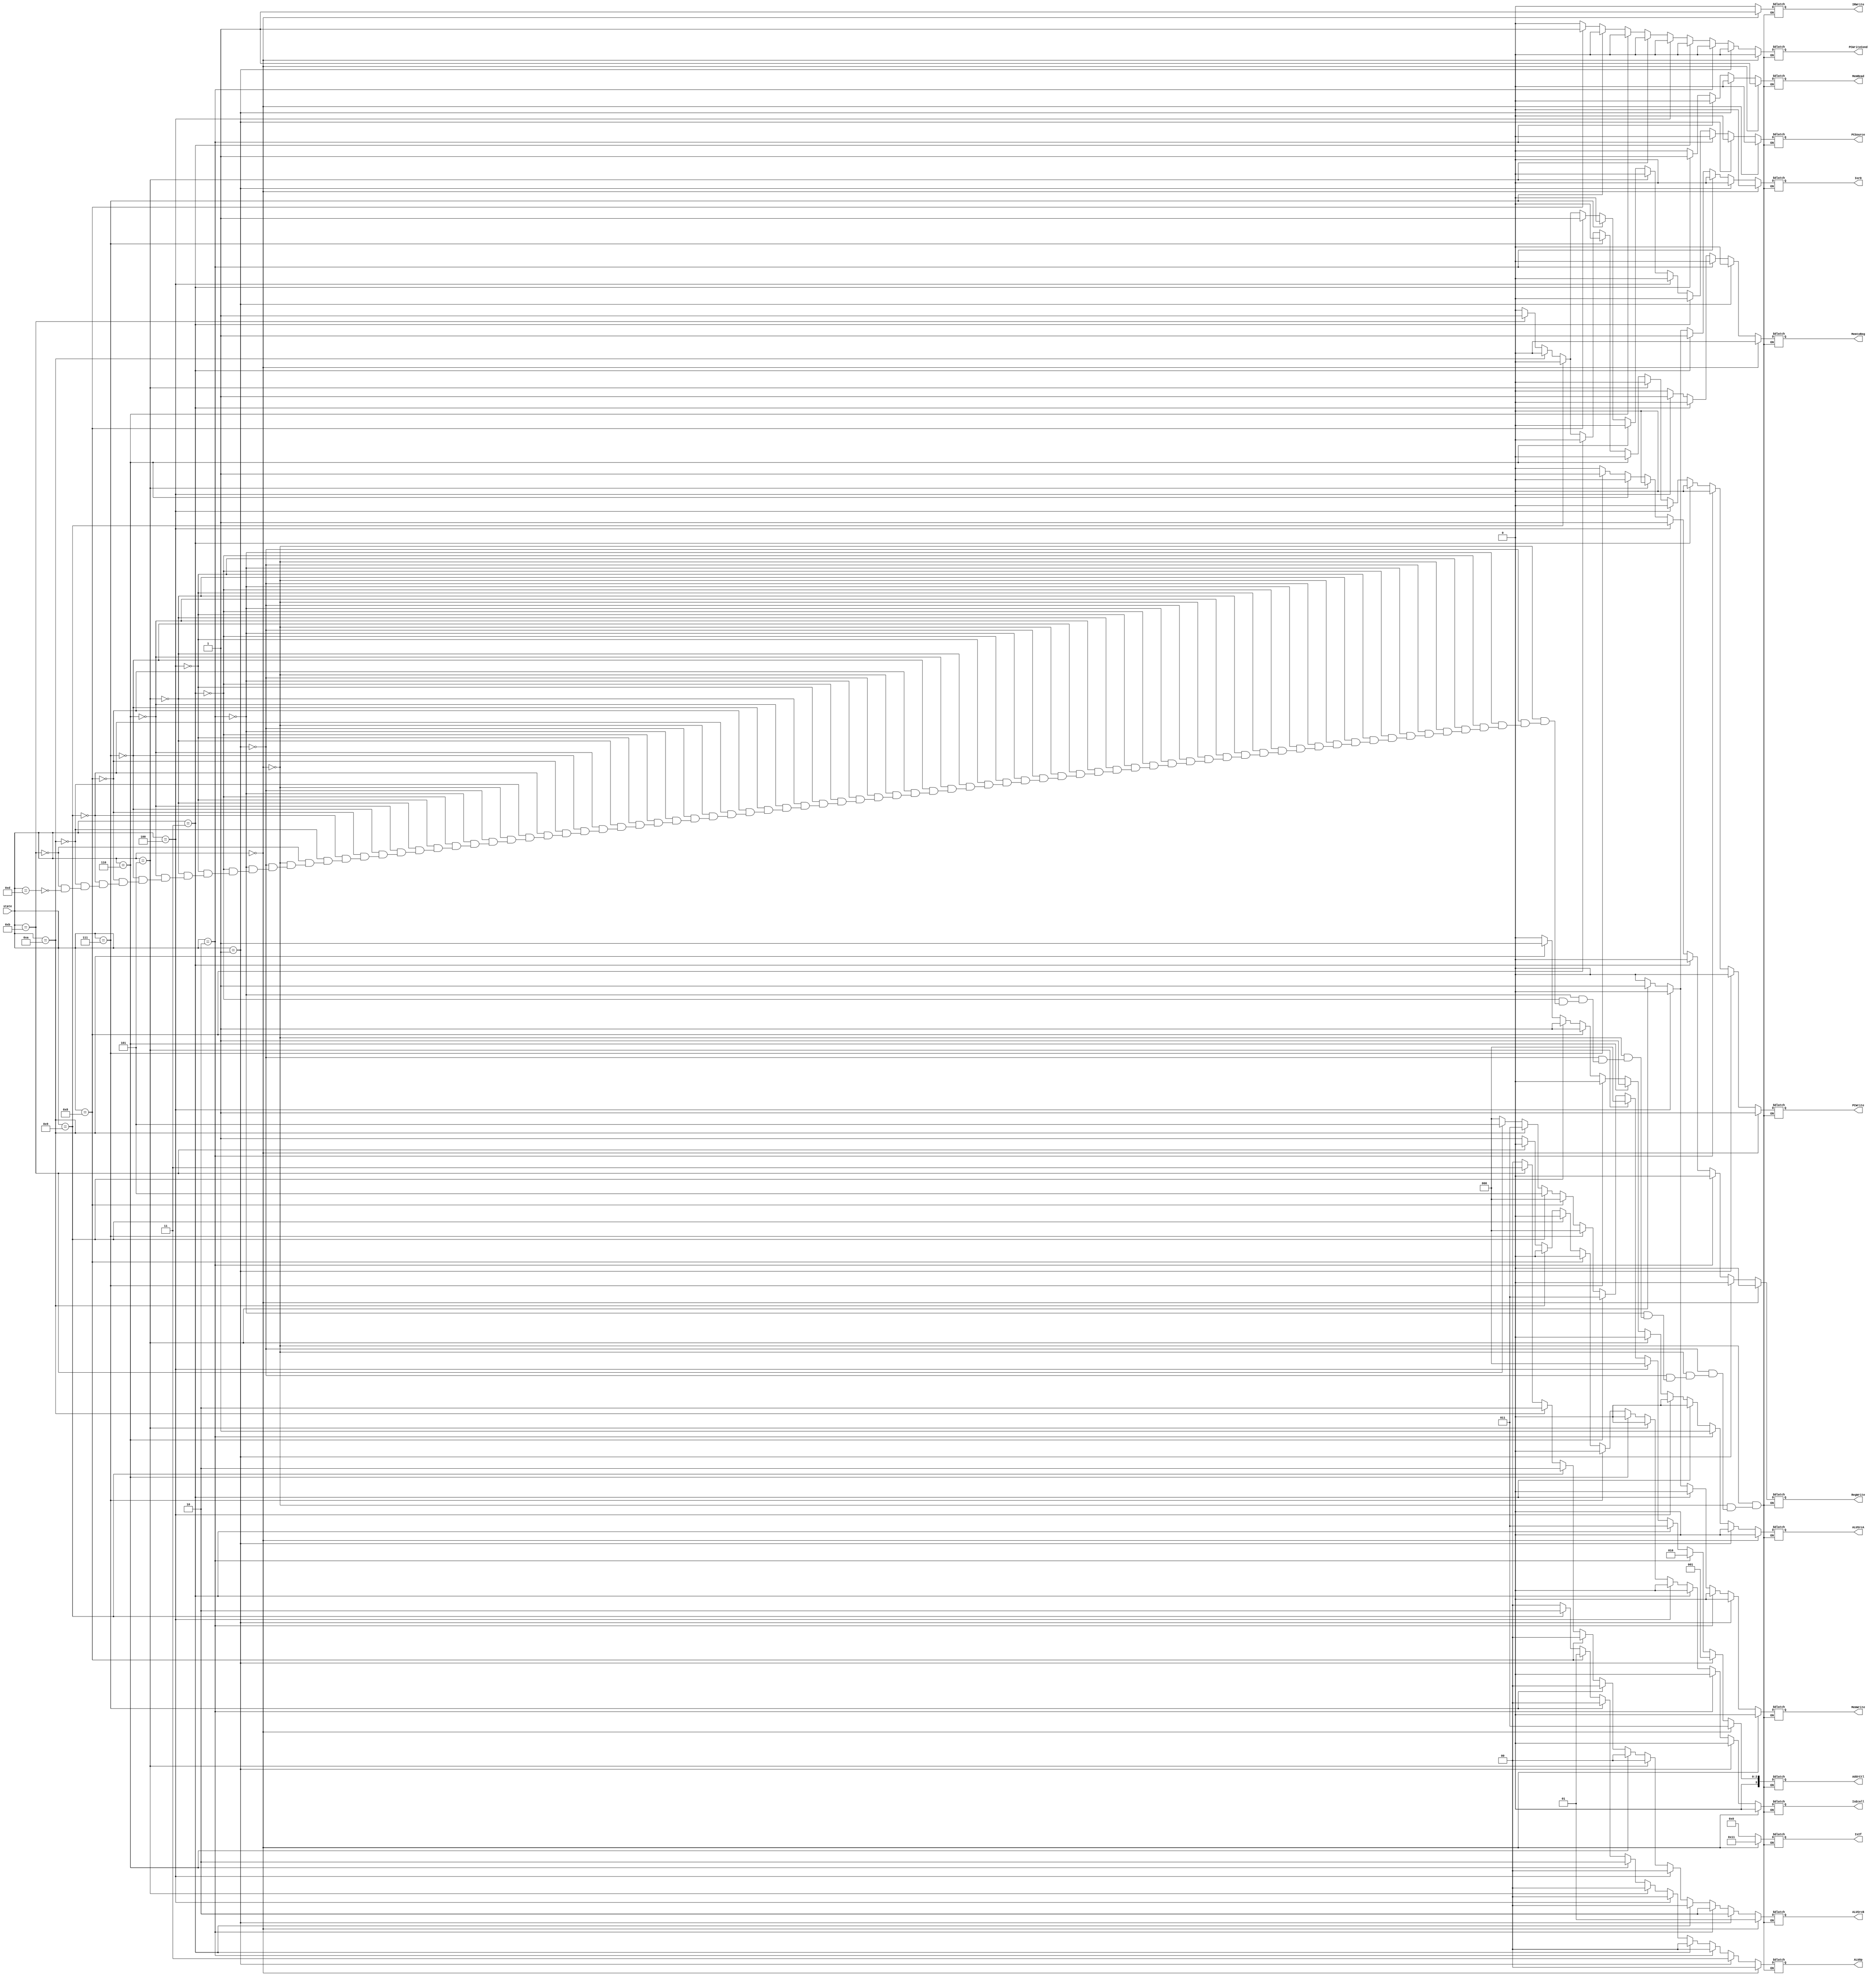
`timescale 1ns / 1ps
module ControlUnit_PLA(
    input wire [3:0] state,  // input
   
    output reg PCWriteCond,        
    output reg PCWrite,       
    output reg IorD,        
    output reg MemRead,
    output reg MemWrite,
    output reg MemtoReg,
    output reg IRWrite,     
    output reg PCSource,     
    output reg [1:0] ALUOp, 
    output reg [1:0] ALUSrcB,    
    output reg ALUSrcA,    
    output reg RegWrite,
    output reg [3:0] AddrCtl,
  
    output reg IsEcall,
    output reg [4:0] IsIf
    

    );
    
    
     always @(*) begin
        
            if(state==4'd0)begin
                PCWriteCond=1'b0;
                PCWrite=1'b1;
                IorD=1'b0;
                MemRead=1'b1;
                MemWrite=1'b0;
                MemtoReg=1'b0;
                IRWrite=1'b1;
                PCSource=1'b0;
                ALUOp=2'b00;
                ALUSrcB=2'b01;
                ALUSrcA=1'b0;
                RegWrite=1'b0;
                AddrCtl=3'b011;
                IsEcall=1'b0;
                IsIf=5'b10001;
            end

            else if(state==4'd1)begin
                PCWriteCond=1'b0;
                PCWrite=1'b0;
                IorD=1'b0;
                MemRead=1'b0;
                MemWrite=1'b0;
                MemtoReg=1'b0;
                IRWrite=1'b0;
                PCSource=1'b0;
                ALUOp=2'b11;
                ALUSrcB=2'b10;
                ALUSrcA=1'b0;
                RegWrite=1'b0;
                AddrCtl=3'b001;
                IsEcall=1'b0;
                IsIf=5'b00000;
            end

            else if(state==4'd2)begin
                PCWriteCond=1'b0;
                PCWrite=1'b0;
                IorD=1'b0;
                MemRead=1'b0;
                MemWrite=1'b0;
                MemtoReg=1'b0;
                IRWrite=1'b0;
                PCSource=1'b0;
                ALUOp=2'b00;
                ALUSrcB=2'b10;
                ALUSrcA=1'b1;
                RegWrite=1'b0;
                AddrCtl=3'b010;
                IsEcall=1'b0;
                IsIf=5'b00000;
            end

            else if(state==4'd3)begin
                PCWriteCond=1'b0;
                PCWrite=1'b0;
                IorD=1'b1;
                MemRead=1'b1;
                MemWrite=1'b0;
                MemtoReg=1'b0;
                IRWrite=1'b0;
                PCSource=1'b0;
                ALUOp=2'b00;
                ALUSrcB=2'b00;
                ALUSrcA=1'b0;
                RegWrite=1'b0;
                AddrCtl=3'b011;
                IsEcall=1'b0;
                IsIf=5'b00000;
            end

            else if(state==4'd4)begin
                PCWriteCond=1'b0;
                PCWrite=1'b0;
                IorD=1'b0;
                MemRead=1'b0;
                MemWrite=1'b0;
                MemtoReg=1'b1;
                IRWrite=1'b0;
                PCSource=1'b0;
                ALUOp=2'b00;
                ALUSrcB=2'b00;
                ALUSrcA=1'b0;
                RegWrite=1'b1;
                AddrCtl=3'b000;
                IsEcall=1'b0;
                IsIf=5'b00000;
            end

            else if(state==4'd5)begin
                PCWriteCond=1'b0;
                PCWrite=1'b0;
                IorD=1'b1;
                MemRead=1'b0;
                MemWrite=1'b1;
                MemtoReg=1'b0;
                IRWrite=1'b0;
                PCSource=1'b0;
                ALUOp=2'b00;
                ALUSrcB=2'b00;
                ALUSrcA=1'b0;
                RegWrite=1'b0;
                AddrCtl=3'b000;
                IsEcall=1'b0;
                IsIf=5'b00000;
            end

            else if(state==4'd6)begin
                PCWriteCond=1'b0;
                PCWrite=1'b0;
                IorD=1'b0;
                MemRead=1'b0;
                MemWrite=1'b0;
                MemtoReg=1'b0;
                IRWrite=1'b0;
                PCSource=1'b0;
                ALUOp=2'b10;
                ALUSrcB=2'b00;
                ALUSrcA=1'b1;
                RegWrite=1'b0;
                AddrCtl=3'b011;
                IsEcall=1'b0;
                IsIf=5'b00000;
            end

            else if(state==4'd7)begin
                PCWriteCond=1'b0;
                PCWrite=1'b0;
                IorD=1'b0;
                MemRead=1'b0;
                MemWrite=1'b0;
                MemtoReg=1'b0;
                IRWrite=1'b0;
                PCSource=1'b0;
                ALUOp=2'b00;
                ALUSrcB=2'b00;
                ALUSrcA=1'b0;
                RegWrite=1'b1;
                AddrCtl=3'b000;
                IsEcall=1'b0;
                IsIf=5'b00000;
            end

            else if(state==4'd8)begin
                PCWriteCond=1'b1;
                PCWrite=1'b0;
                IorD=1'b0;
                MemRead=1'b0;
                MemWrite=1'b0;
                MemtoReg=1'b0;
                IRWrite=1'b0;
                PCSource=1'b1;
                ALUOp=2'b01;//here
                ALUSrcB=2'b00;
                ALUSrcA=1'b1;
                RegWrite=1'b0;
                AddrCtl=3'b000;
                IsEcall=1'b0;
                IsIf=5'b00000;
            end

            else if(state==4'd9)begin
                PCWriteCond=1'b0;
                PCWrite=1'b0;
                IorD=1'b0;
                MemRead=1'b0;
                MemWrite=1'b0;
                MemtoReg=1'b0;
                IRWrite=1'b0;
                PCSource=1'b0;
                ALUOp=2'b10;
                ALUSrcB=2'b10;
                ALUSrcA=1'b1;
                RegWrite=1'b0;
                AddrCtl=3'b101;
                IsEcall=1'b0;
                IsIf=5'b00000;
            end

            else if(state==4'd10)begin
                PCWriteCond=1'b0;
                PCWrite=1'b0;
                IorD=1'b0;
                MemRead=1'b0;
                MemWrite=1'b0;
                MemtoReg=1'b0;
                IRWrite=1'b0;
                PCSource=1'b0;
                ALUOp=2'b00;
                ALUSrcB=2'b10;
                ALUSrcA=1'b1;
                RegWrite=1'b0;
                AddrCtl=3'b011;
                IsEcall=1'b0;
                IsIf=5'b00000;
            end

            else if(state==4'd11)begin
                PCWriteCond=1'b0;
                PCWrite=1'b1;
                IorD=1'b0;
                MemRead=1'b0;
                MemWrite=1'b0;
                MemtoReg=1'b0;
                IRWrite=1'b0;
                PCSource=1'b1;
                ALUOp=2'b00;
                ALUSrcB=2'b11;
                ALUSrcA=1'b0;
                RegWrite=1'b0;
                AddrCtl=3'b101;
                IsEcall=1'b0;
                IsIf=5'b00000;
            end

            else if(state==4'd13)begin
                PCWriteCond=1'b0;
                PCWrite=1'b0;
                IorD=1'b0;
                MemRead=1'b0;
                MemWrite=1'b0;
                MemtoReg=1'b0;
                IRWrite=1'b0;
                PCSource=1'b0;
                ALUOp=2'b00;
                ALUSrcB=2'b00;
                ALUSrcA=1'b0;
                RegWrite=1'b0;
                AddrCtl=3'b000;
                IsEcall=1'b1;
                IsIf=5'b00000;
            end
      
    end
endmodule